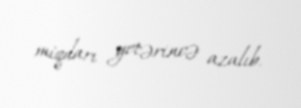
miqdarı yetərincə azalıb.